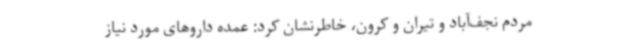
مردم نجف‌آباد و تیران و کرون، خاطرنشان کرد: عمده داروهای مورد نیاز